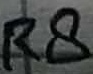
Text: R8